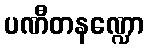
ပဏီတနဏ္ဍော